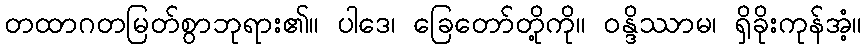
တထာဂတမြတ်စွာဘုရား၏။ ပါဒေ၊ ခြေတော်တို့ကို။ ဝန္ဒိဿာမ၊ ရှိခိုးကုန်အံ့။